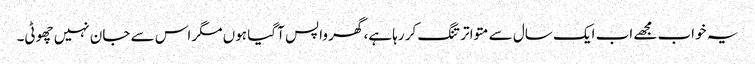
یہ خواب مجھے اب ایک سال سے متواتر تنگ کر رہا ہے، گھر واپس آ گیا ہوں مگر اس سے جان نہیں چھوٹی۔